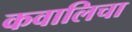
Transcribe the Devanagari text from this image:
कवालिचा